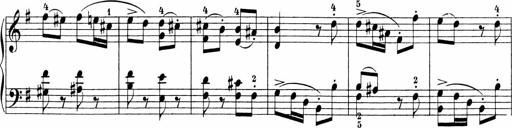
Title: Sonatinen Op.47, 98 und 136, nebst 6 Liedersonatinen
Composer: Carl Reinecke